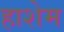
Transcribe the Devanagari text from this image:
हाशेम